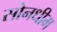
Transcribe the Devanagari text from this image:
सोनधीम